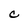
Character: C